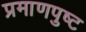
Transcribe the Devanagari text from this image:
प्रमाणपुष्ट